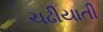
ચઢીયાતી